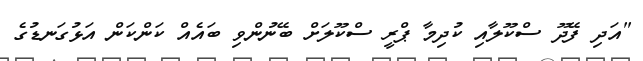
"އަދި ފޭދޫ ސްކޫލާއި ކުދިމާ ޕްރީ ސްކޫލަށް ބޭނުންވި ބައެއް ކަންކަން އަޅުގަނޑުގެ